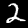
Label: 2